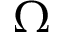
\Omega